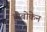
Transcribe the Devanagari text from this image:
होबोकेन